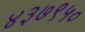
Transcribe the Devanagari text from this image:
४३७९५०